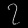
Digit: ၇